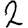
Digit: 2